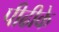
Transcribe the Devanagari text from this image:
पीढीके